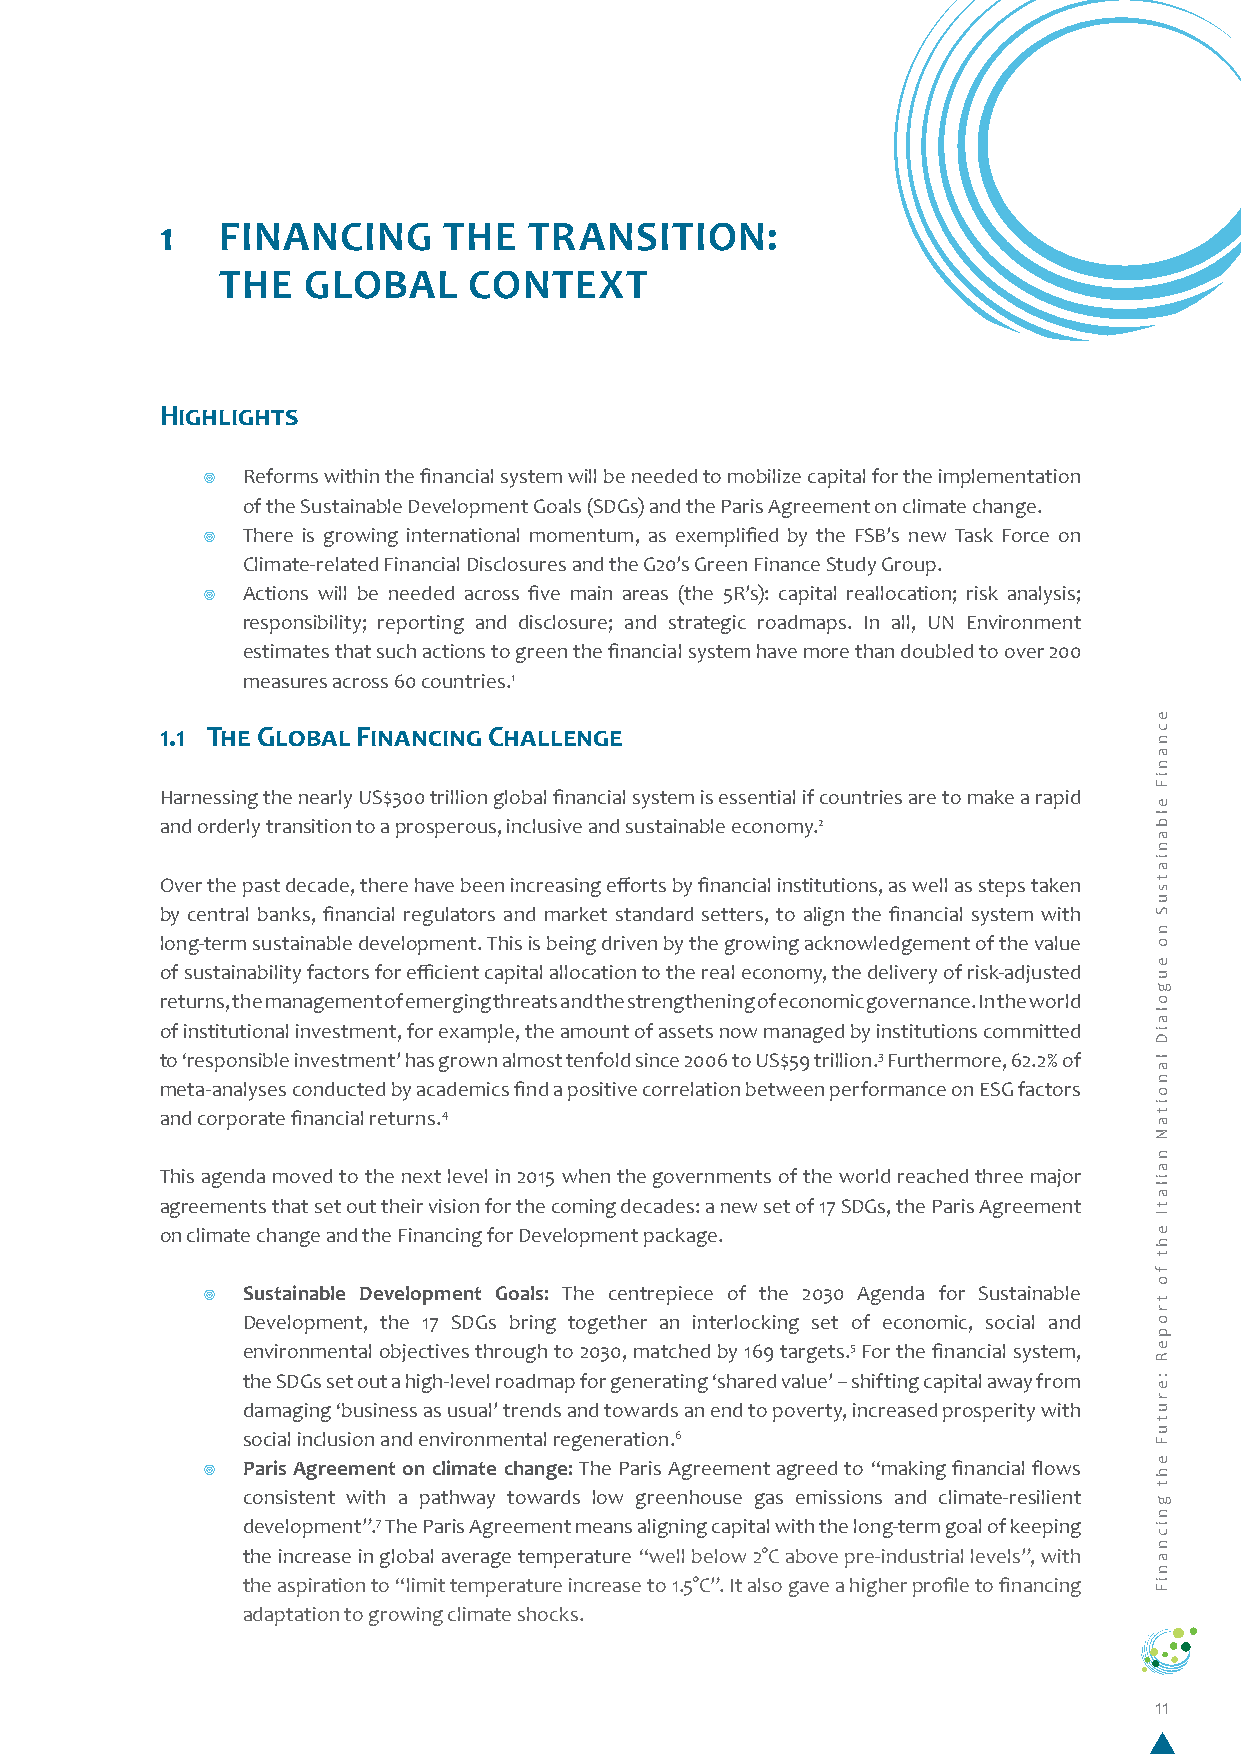
1   FINANCING     THE   TRANSITION:
 THE  GLOBAL     CONTEXT
 Highlights
 ¥  Reforms within the financial system will be needed to mobilize capital for the implementation
 of the Sustainable Development Goals (SDGs) and the Paris Agreement on climate change.
 ¥  There is growing international momentum, as exemplified by the FSB’s new Task Force on
 Climate-related Financial Disclosures and the G20’s Green Finance Study Group.
 ¥  Actions will be needed across five main areas (the 5R’s): capital reallocation; risk analysis;
 responsibility; reporting and disclosure; and strategic roadmaps. In all, UN Environment
 estimates that such actions to green the financial system have more than doubled to over 200
 measures across 60 countries.1
 1.1 The Global Financing Challenge
 Harnessing the nearly US$300 trillion global financial system is essential if countries are to make a rapid
 and orderly transition to a prosperous, inclusive and sustainable economy.2
 Over the past decade, there have been increasing efforts by financial institutions, as well as steps taken
 by central banks, financial regulators and market standard setters, to align the financial system with
 long-term sustainable development. This is being driven by the growing acknowledgement of the value
 of sustainability factors for efficient capital allocation to the real economy, the delivery of risk-adjusted
 returns, the management of emerging threats and the strengthening of economic governance. In the world
 of institutional investment, for example, the amount of assets now managed by institutions committed
 to ‘responsible investment’ has grown almost tenfold since 2006 to US$59 trillion.3 Furthermore, 62.2% of
 meta-analyses conducted by academics find a positive correlation between performance on ESG factors
 and corporate financial returns.4
 This agenda moved to the next level in 2015 when the governments of the world reached three major
 agreements that set out their vision for the coming decades: a new set of 17 SDGs, the Paris Agreement
 on climate change and the Financing for Development package.
 ¥  Sustainable Development Goals: The centrepiece of the 2030 Agenda for Sustainable
 Development, the 17 SDGs bring together an interlocking set of economic, social and
 environmental objectives through to 2030, matched by 169 targets.5 For the financial system,
 the SDGs set out a high-level roadmap for generating ‘shared value’ – shifting capital away from
 damaging ‘business as usual’ trends and towards an end to poverty, increased prosperity with
 social inclusion and environmental regeneration.6
 ¥  Paris Agreement on climate change: The Paris Agreement agreed to “making financial flows
 consistent with a pathway towards low greenhouse gas emissions and climate-resilient
 development”.7 The Paris Agreement means aligning capital with the long-term goal of keeping
 the increase in global average temperature “well below 2°C above pre-industrial levels”, with
 the aspiration to “limit temperature increase to 1.5°C”. It also gave a higher profile to financing
 adaptation to growing climate shocks.
 11
 ecnaniF
 elbaniatsuS
 no
 eugolaiD
 lanoitaN
 nailatI
 eht
 fo
 tropeR
 :erutuF
 eht
 gnicnaniF